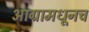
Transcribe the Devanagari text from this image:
आग्रामधूनच